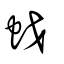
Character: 𧊎